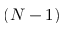
( N - 1 )